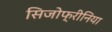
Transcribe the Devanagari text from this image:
सिजोफ्रीनिया